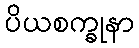
ပိယစက္ခုနာ